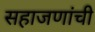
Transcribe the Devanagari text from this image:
सहाजणांची